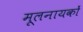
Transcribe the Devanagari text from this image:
मूलनायकों